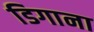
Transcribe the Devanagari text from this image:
डिगाना